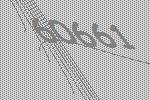
60661